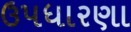
ઉપધારણા